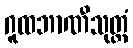
ဂူထဘာဏီသုတ္တံ